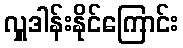
လှူဒါန်းနိုင်ကြောင်း